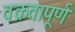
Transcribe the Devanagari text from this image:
वक्रतापूर्ण